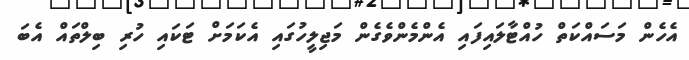
އެހެން މަސައްކަތް ހުއްޓާލައިފައި އެންމެންވެގެން މަޖިލީހުގައި އެކަމަށް ޓަކައި ހުރި ބިލްތައް އެބަ